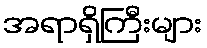
အရာရှိကြီးများ